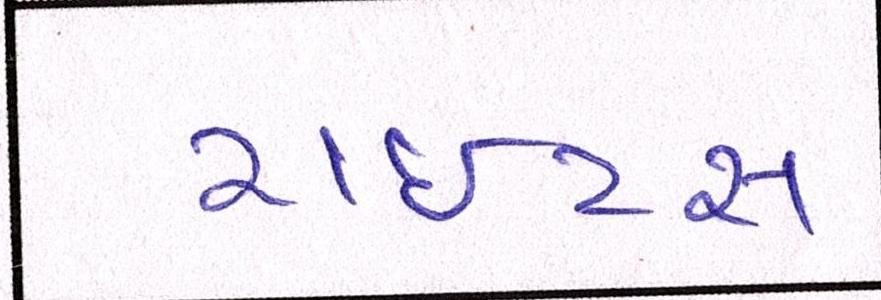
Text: રાઇટ્સ